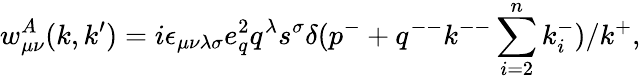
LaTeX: w_{\mu\nu}^{A}(k,k^{\prime})=i\epsilon_{\mu\nu\lambda\sigma}e_{q}^{2}q^{\lambda}s^{\sigma}\delta(p^{-}+q^{--}k^{--}\sum_{i=2}^{n}k_{i}^{-})/k^{+},